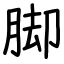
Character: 脚